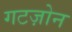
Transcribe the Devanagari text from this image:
गटज़ोन